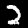
Label: 2